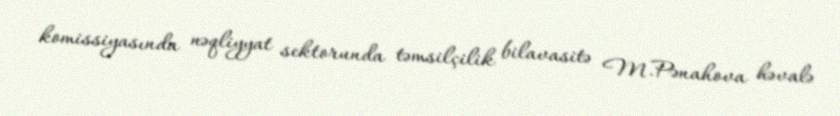
komissiyasında nəqliyyat sektorunda təmsilçilik bilavasitə M.Pənahova həvalə